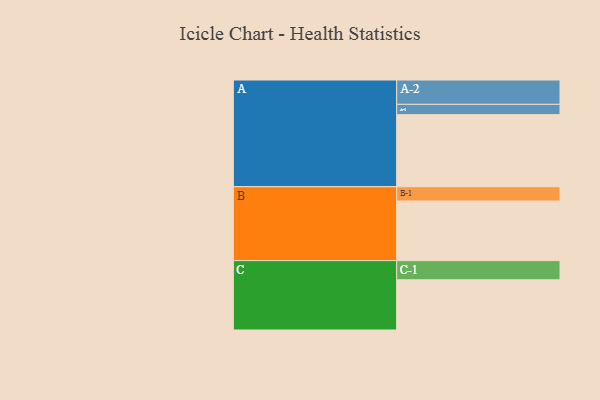
{"axis": {"x": "Segment", "y": "Value"}, "legend": ["", "A", "B", "C"], "data": [{"x": "A", "y": 560, "type": ""}, {"x": "B", "y": 463, "type": ""}, {"x": "C", "y": 390, "type": ""}, {"x": "A-1", "y": 80, "type": "A"}, {"x": "A-2", "y": 189, "type": "A"}, {"x": "B-1", "y": 111, "type": "B"}, {"x": "C-1", "y": 149, "type": "C"}]}